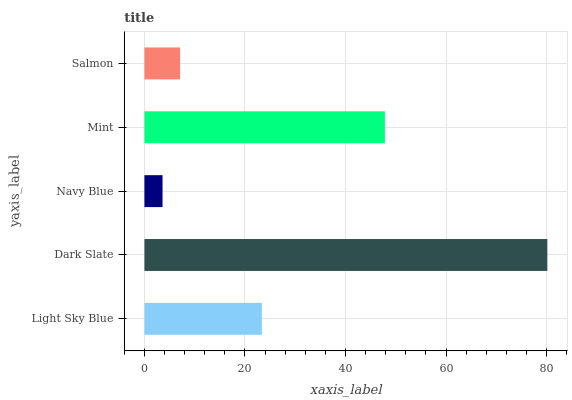
| yaxis_label | bars |
 | --- | --- |
 | Light Sky Blue | 23.4 |
 | Dark Slate | 80.1 |
 | Navy Blue | 3.6 |
 | Mint | 47.8 |
 | Salmon | 7.1 |